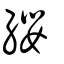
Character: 纓